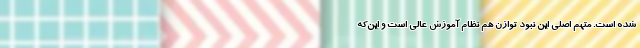
شده است. متهم اصلی این نبود توازن هم نظام آموزش عالی است و این‌که